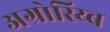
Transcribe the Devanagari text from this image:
अग्रोस्य्बि